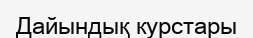
Дайындық курстары